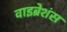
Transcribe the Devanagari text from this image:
वाइब्रेशंस